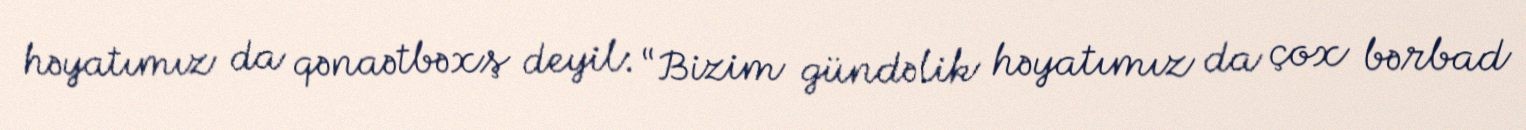
həyatımız da qənaətbəxş deyil: “Bizim gündəlik həyatımız da çox bərbad